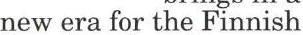
new era for the Finnish